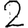
Digit: 2